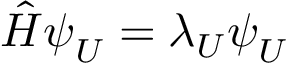
\hat { H } \boldsymbol { \psi } _ { U } = \lambda _ { U } \boldsymbol { \psi } _ { U }